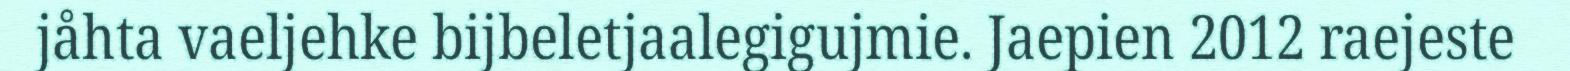
jåhta vaeljehke bijbeletjaalegigujmie. Jaepien 2012 raejeste